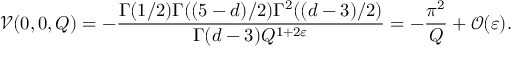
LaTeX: \mathcal { V } ( 0 , 0 , Q ) = - \frac { \Gamma ( 1 / 2 ) \Gamma ( ( 5 - d ) / 2 ) \Gamma ^ { 2 } ( ( d - 3 ) / 2 ) } { \Gamma ( d - 3 ) Q ^ { 1 + 2 \varepsilon } } = - \frac { \pi ^ { 2 } } { Q } + \mathcal { O } ( \varepsilon ) .